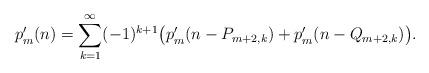
LaTeX: \begin{align*} p'_{m}(n)=\sum_{k=1}^\infty (-1)^{k+1} \big(p'_{m}(n- P_{m+2,k})+p'_m(n-Q_{m+2,k})\big). \end{align*}